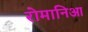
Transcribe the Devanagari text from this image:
रोमानिआ